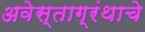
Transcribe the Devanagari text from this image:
अवेस्ताग्रंथाचे